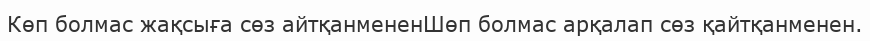
Көп болмас жақсыға сөз айтқанмененШөп болмас арқалап сөз қайтқанменен.